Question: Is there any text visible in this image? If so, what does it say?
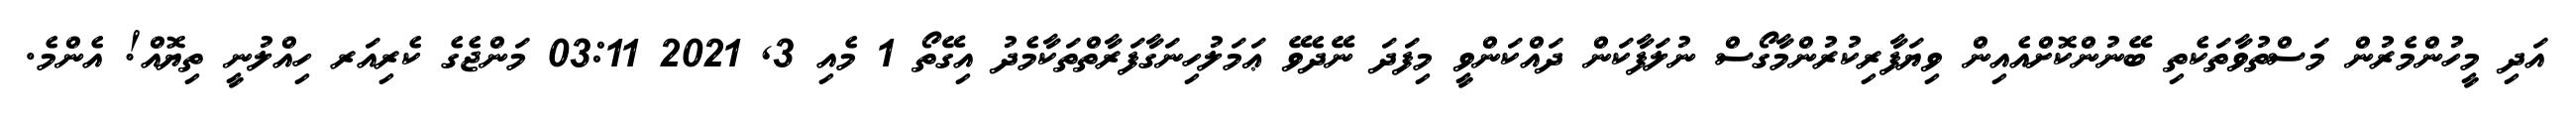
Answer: އަދި މީހުންމެރުން މަސްތުވާތަކެތި ބޭނުންކޮށްއެއިން ވިޔަފާރިކުރުންމާގޯސް ނުލަފާކަން ދައްކަންވީ މިފަދަ ނޭދެވޭ ޢަމަލުހިނަގާފަރާތްތަކާމެދު އިގޭތޯ 1 މެއި 3, 2021 03:11 މަންޖެގެ ކެރިއަރ ހިއްލުނީ ތިޔޮއް! އެންމެ.